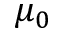
\mu _ { 0 }